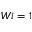
W i = 1